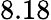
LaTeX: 8.18